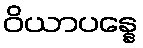
ဝိယာပန္နေ